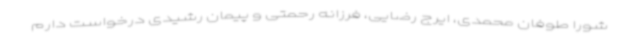
شورا طوفان محمدی، ایرج رضایی، فرزانه رحمتی و پیمان رشیدی درخواست دارم